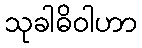
သုခါဓိဝါဟာ